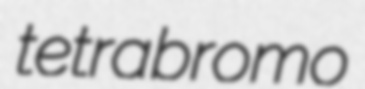
tetrabromo